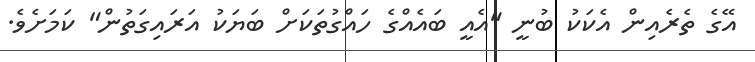
އޭގެ ތެރެއިން އެކަކު ބުނީ "އެއީ ބައެއްގެ ހައްގުތަކަށް ބަޔަކު އަރައިގަތުން" ކަމަށެވެ.